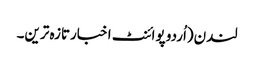
لندن(اُردو پوائنٹ اخبارتازہ ترین۔